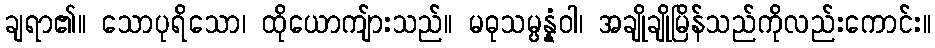
ချရာ၏။ သောပုရိသော၊ ထိုယောကျ်ားသည်။ မဓုသမ္ပန္နံဝါ၊ အချိုချိုမြိန်သည်ကိုလည်းကောင်း။